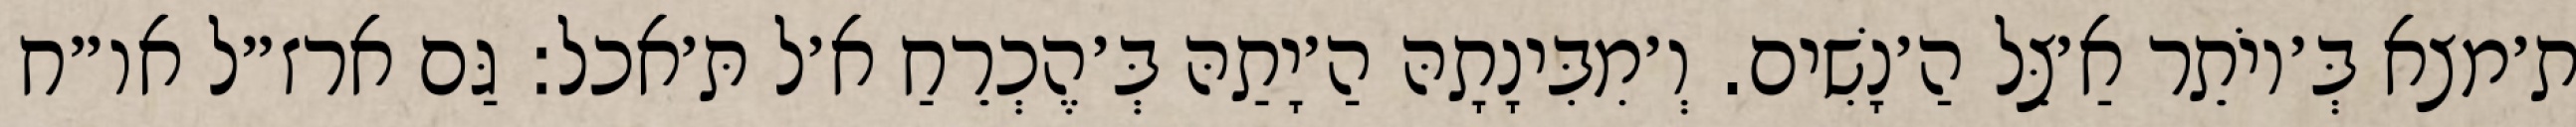
ת׳מצא בְּ׳יוֹתֵר אַ׳צֵּל הַ׳נָשִׁים. וְ׳מִבִּינָתָהּ הַ׳יָתַהּ בְּ׳הֶכְרֵחַ א׳ל תּ׳אכל: גַּם ארז״ל או״ח